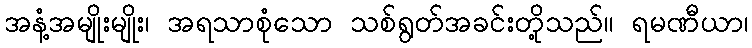
အနံ့အမျိုးမျိုး၊ အရသာစုံသော သစ်ရွတ်အခင်းတို့သည်။ ရမဏီယာ၊